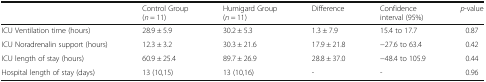
<table><thead><tr><td></td><td><b>Control Group(<i>n</i> = 11)</b></td><td><b>Humigard Group(<i>n</i> = 11)</b></td><td><b>Difference</b></td><td><b>Confidence interval (95%)</b></td><td><b><i>p</i>-value</b></td></tr></thead><tbody><tr><td>ICU Ventilation time (hours)</td><td>28.9 ± 5.9</td><td>30.2 ± 5.3</td><td>1.3 ± 7.9</td><td>15.4 to 17.7</td><td>0.87</td></tr><tr><td>ICU Noradrenalin support (hours)</td><td>12.3 ± 3.2</td><td>30.3 ± 21.6</td><td>17.9 ± 21.8</td><td>−27.6 to 63.4</td><td>0.42</td></tr><tr><td>ICU length of stay (hours)</td><td>60.9 ± 25.4</td><td>89.7 ± 26.9</td><td>28.8 ± 37.0</td><td>−48.4 to 105.9</td><td>0.44</td></tr><tr><td>Hospital length of stay (days)</td><td>13 (10,15)</td><td>13 (10,16)</td><td>-</td><td>-</td><td>0.96</td></tr></tbody></table>